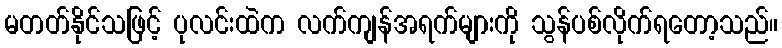
မတတ်နိုင်သဖြင့် ပုလင်းထဲက လက်ကျန်အရက်များကို သွန်ပစ်လိုက်ရတော့သည်။